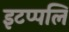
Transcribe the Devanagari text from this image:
इटप्पलि